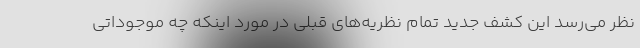
نظر می‌رسد این کشف جدید تمام نظریه‌های قبلی در مورد اینکه چه موجوداتی